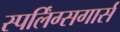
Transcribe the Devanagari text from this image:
स्पर्लिंग्सगार्स